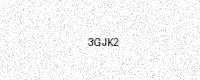
Text: 3GJK2